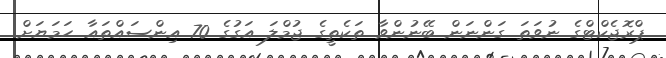
ޕްރޮޖެކްޓްގެ ނުވަތަ ގަންނަން ބޭނުންވާ ތަކެތީގެ ޖުމްލަ އަގުގެ 70 އިންސައްތައާ ހަމަޔަށް